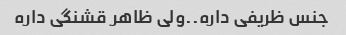
جنس ظریفی داره..ولی ظاهر قشنگی داره